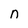
Character: n